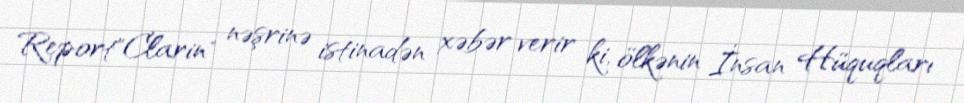
Report"Clarin" nəşrinə istinadən xəbər verir ki, ölkənin İnsan Hüquqları